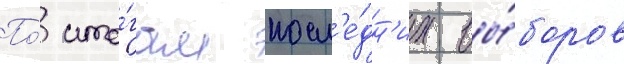
По́ ито́гам посл'е́дн'их вы́боров